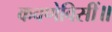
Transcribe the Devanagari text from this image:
कवणेविसीं॥